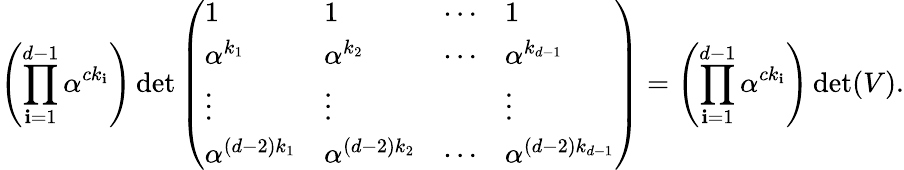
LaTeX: \left(\prod_{\mathbf{i}=1}^{d-1}\alpha^{ck_{\mathbf{i}}}\right)\operatorname*{d\mathrm{e}t}{\left(\begin{array}{llll}{1}&{1}&{\cdots}&{1}\\ {\alpha^{k_{1}}}&{\alpha^{k_{2}}}&{\cdots}&{\alpha^{k_{d-1}}}\\ {\vdots}&{\vdots}&&{\vdots}\\ {\alpha^{(d-2)k_{1}}}&{\alpha^{(d-2)k_{2}}}&{\cdots}&{\alpha^{(d-2)k_{d-1}}}\end{array}\right)}=\left(\prod_{\mathbf{i}=1}^{d-1}\alpha^{ck_{\mathbf{i}}}\right)\operatorname*{d\mathrm{e}t}(V).